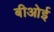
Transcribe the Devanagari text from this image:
बीओई